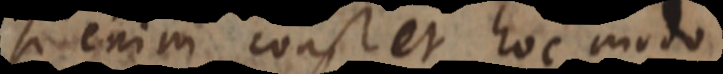
Si enim constet hoc modo